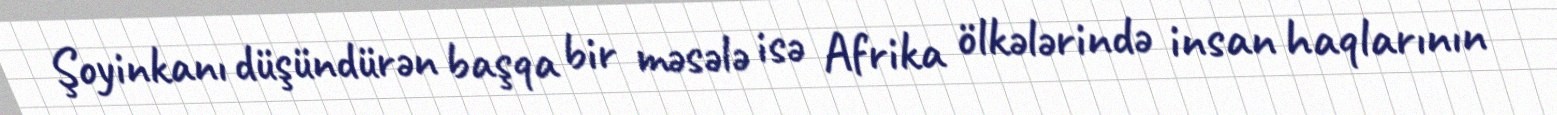
Şoyinkanı düşündürən başqa bir məsələ isə Afrika ölkələrində insan haqlarının